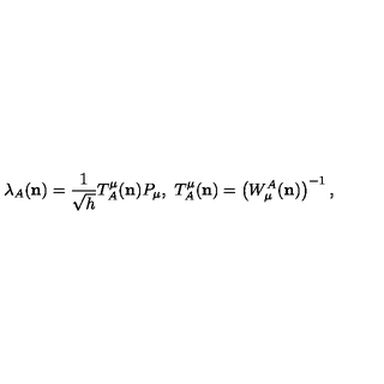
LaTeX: { } \lambda _ { A } ( { \bf n } ) = \frac { 1 } { \sqrt { h } } T _ { A } ^ { \mu } ( { \bf n } ) P _ { \mu } , \ T _ { A } ^ { \mu } ( { \bf n } ) = \left( W _ { \mu } ^ { A } ( { \bf n } ) \right) ^ { - 1 } ,